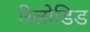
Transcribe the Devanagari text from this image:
रिलोडिड